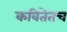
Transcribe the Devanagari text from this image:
कवितेतच